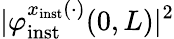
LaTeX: \vert\varphi_{\mathrm{inst}}^{x_{\mathrm{inst}}(\cdot)}(0,L)\vert^{2}